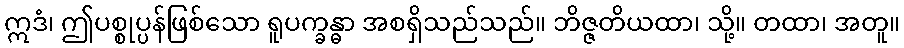
ဣဒံ၊ ဤပစ္စုပ္ပန်ဖြစ်သော ရူပက္ခန္ဓာ အစရှိသည်သည်။ ဘိဇ္ဇတိယထာ၊ သို့။ တထာ၊ အတူ။